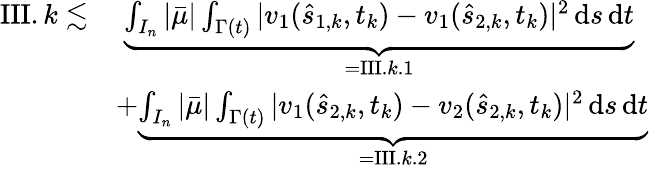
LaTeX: \begin{array}{rl}{\mathrm{III}.k\lesssim}&{\; \underbrace{\int_{I_{n}}|\bar{\mu}|\int_{\Gamma(t)}|v_{1}(\hat{s}_{1,k},t_{k})-v_{1}(\hat{s}_{2,k},t_{k})|^{2}\, \mathrm{d}s\, \mathrm{d}t}_{=\mathrm{III}.k.1}}\\ &{+\underbrace{\int_{I_{n}}|\bar{\mu}|\int_{\Gamma(t)}|v_{1}(\hat{s}_{2,k},t_{k})-v_{2}(\hat{s}_{2,k},t_{k})|^{2}\, \mathrm{d}s\, \mathrm{d}t}_{=\mathrm{III}.k.2}}\end{array}